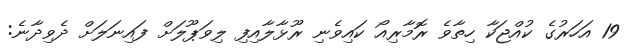
19 އަހަރުގެ ކުއްޖަކާ ހިތާވެ ރޮމާރިއޯ ކައިވެނި ރޫޅާލާއިފި ލިވަޕޫލަށް ފައިނަލަށް ދެވިދާނެ: